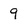
Character: 9